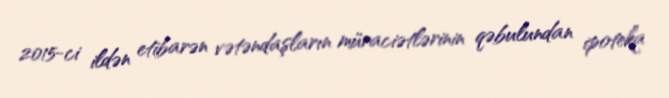
2015-ci ildən etibarən vətəndaşların müraciətlərinin qəbulundan ipoteka